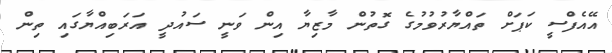
އޭއެފްސީ ކަޕަށް ތައްޔާރުވުމުގެ ގޮތުން މާޒިޔާ އިން ވަނީ ސައުދީ އަރަބިއްޔާގައި ތިން